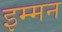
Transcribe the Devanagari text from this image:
इम्मन